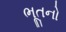
ભૂતનો